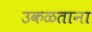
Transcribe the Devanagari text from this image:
उकळताना